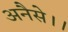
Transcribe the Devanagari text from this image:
अनैसे।।